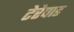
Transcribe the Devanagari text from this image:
टेरेपाड